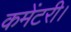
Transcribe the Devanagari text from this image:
कमेंटरी।